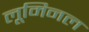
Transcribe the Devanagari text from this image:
लूमिनल